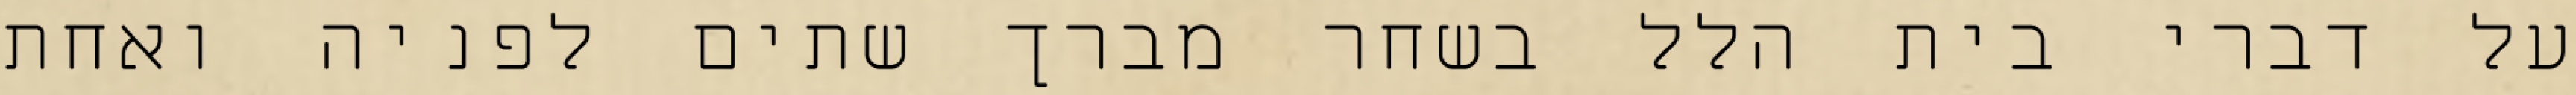
על דברי בית הלל בשחר מברך שתים לפניה ואחת